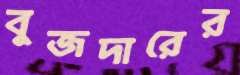
বুজদারের